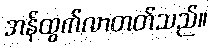
အန်ထွက်လာတတ်သည်။